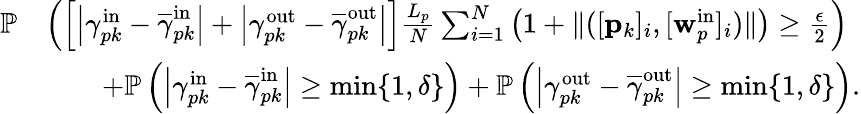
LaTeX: \begin{array}{rl}{\mathbb{P}}&{\left(\left[\left|\gamma_{pk}^{\mathrm{in}}-\overline{{\gamma}}_{pk}^{\mathrm{in}}\right|+\left|\gamma_{pk}^{\mathrm{out}}-\overline{{\gamma}}_{pk}^{\mathrm{out}}\right|\right]\frac{L_{p}}{N}\sum_{i=1}^{N}\left(1+\| ([\mathbf{p}_{k}]_{i},[\mathbf{w}_{p}^{\mathrm{in}}]_{i})\| \right)\geq\frac{\epsilon}{2}\right)}\\ &{\qquad+\mathbb{P}\left(\left|\gamma_{pk}^{\mathrm{in}}-\overline{{\gamma}}_{pk}^{\mathrm{in}}\right|\geq\operatorname*{min}\{ 1,\delta\} \right)+\mathbb{P}\left(\left|\gamma_{pk}^{\mathrm{out}}-\overline{{\gamma}}_{pk}^{\mathrm{out}}\right|\geq\operatorname*{min}\{ 1,\delta\} \right).}\end{array}